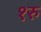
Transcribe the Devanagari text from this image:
१रु